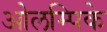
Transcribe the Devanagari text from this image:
ओलम्पिके